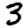
Digit: 3